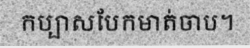
កប្បាសបែកមាត់ចាប។